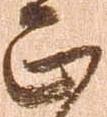
正